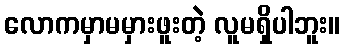
လောကမှာမမှားဖူးတဲ့ လူမရှိပါဘူး။